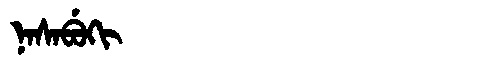
Manchu: ᠨᠠᠰᠠᠪᡠᡴᡳ
Romanization: NASABUKI